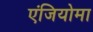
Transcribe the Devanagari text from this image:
एंजियोमा